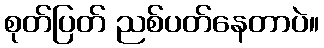
စုတ်ပြတ် ညစ်ပတ်နေတာပဲ။